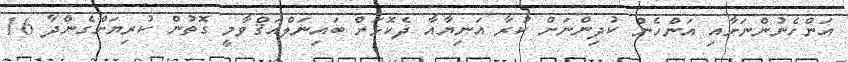
އަންހެނުންނަށާއި އަންހެން ކުދިންނަށް ކުރާ އަނިޔާއާ ދެކޮޅަށް ބައިނަލްއަޤްވާމީ ގޮތުން ކުރިޔަށްގެންދާ 16